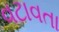
વટાવતા